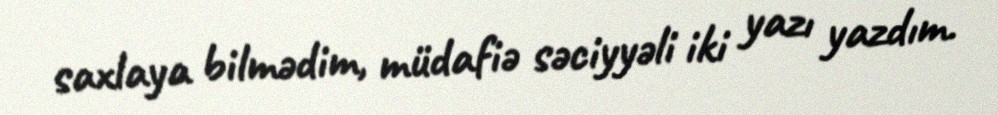
saxlaya bilmədim, müdafiə səciyyəli iki yazı yazdım.